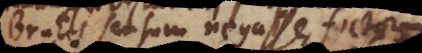
brutis sensum negat; fictorum